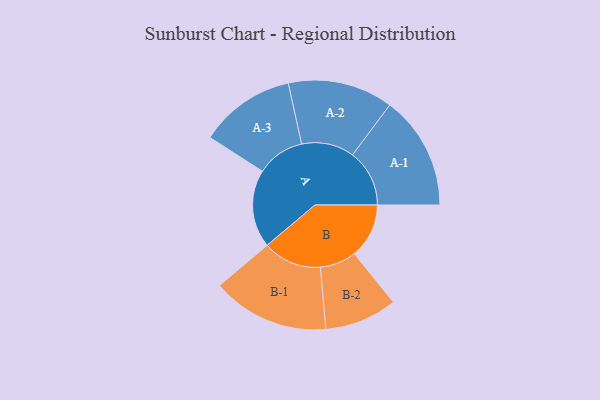
{"axis": {"x": "Segment", "y": "Value"}, "legend": ["", "A", "B"], "data": [{"x": "A", "y": 305, "type": ""}, {"x": "B", "y": 214, "type": ""}, {"x": "A-1", "y": 223, "type": "A"}, {"x": "A-2", "y": 206, "type": "A"}, {"x": "A-3", "y": 188, "type": "A"}, {"x": "B-1", "y": 230, "type": "B"}, {"x": "B-2", "y": 142, "type": "B"}]}